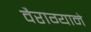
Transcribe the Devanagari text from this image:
वैराग्याने